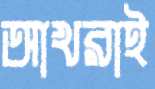
আখরাই